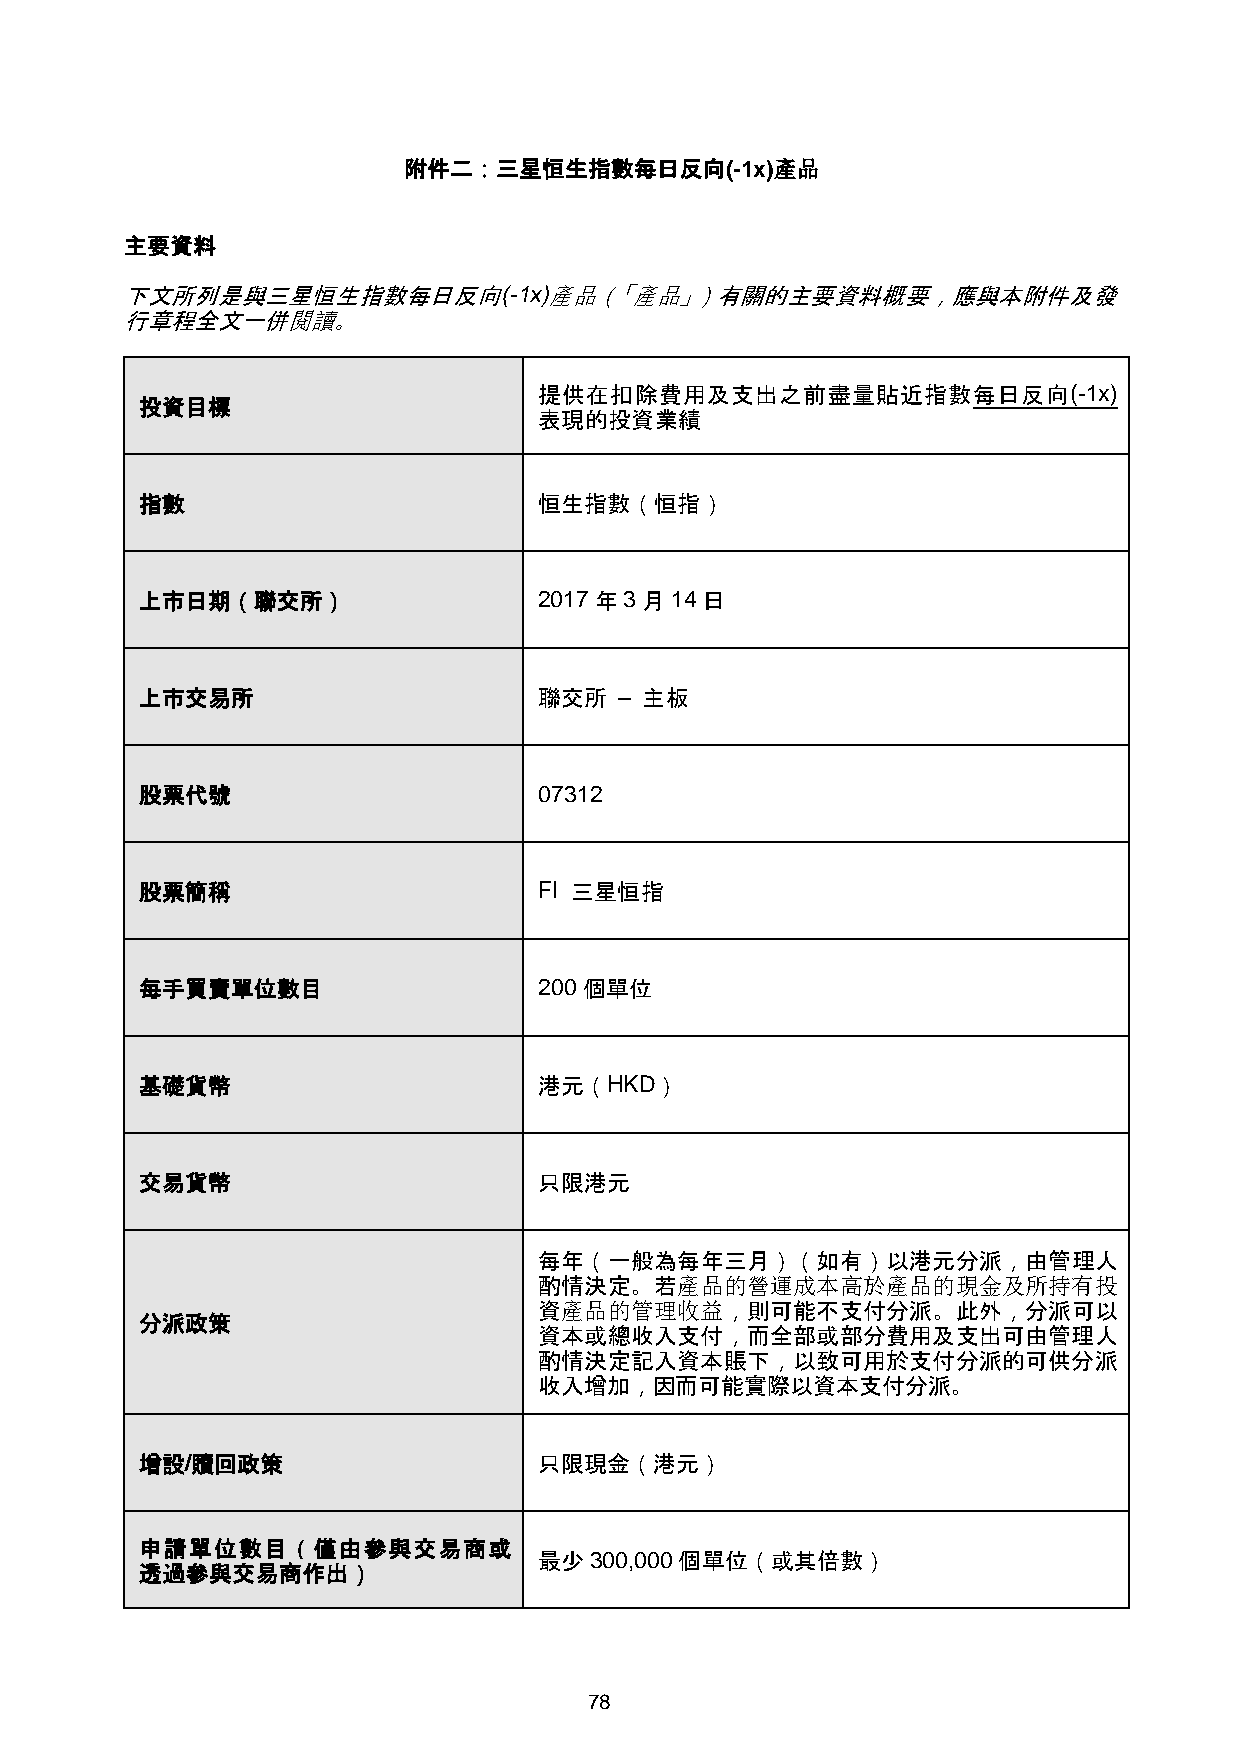
附件二：三星恒生指數每日反向(-1x)產品
 主要資料
 下文所列是與三星恒生指數每日反向(-1x)產品（「產品」）有關的主要資料概要，應與本附件及發
 行章程全文一併閱讀。
 提供在扣除費用及支出之前盡量貼近指數每日反向(-1x)
 投資目標
 表現的投資業績
 指數                         恒生指數（恒指）
 上市日期（聯交所）                  2017年3月14日
 上市交易所                      聯交所  – 主板
 股票代號                       07312
 股票簡稱                       FI 三星恒指
 每手買賣單位數目                   200個單位
 基礎貨幣                       港元（HKD）
 交易貨幣                       只限港元
 每年（一般為每年三月）（如有）以港元分派，由管理人
 酌情決定。若產品的營運成本高於產品的現金及所持有投
 資產品的管理收益，則可能不支付分派。此外，分派可以
 分派政策
 資本或總收入支付，而全部或部分費用及支出可由管理人
 酌情決定記入資本賬下，以致可用於支付分派的可供分派
 收入增加，因而可能實際以資本支付分派。
 增設/贖回政策                    只限現金（港元）
 申請單位數目（僅由參與交易商或
 最少300,000個單位（或其倍數）
 透過參與交易商作出）
 78